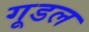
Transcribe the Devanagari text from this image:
गूडल